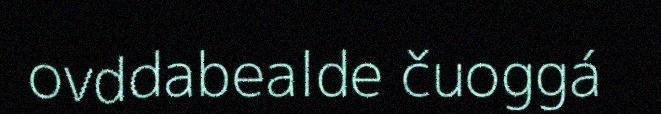
ovddabealde čuoggá